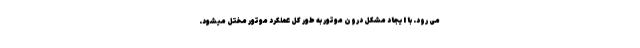
می رود. با ایجاد مشکل درون موتور به طور کل عملکرد موتور مختل میشود.